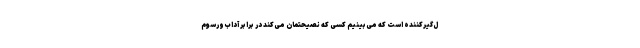
ل‌گیرکننده است که می‌بینیم کسی که نصیحتمان می‌کند در برابر آداب‌ورسوم